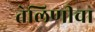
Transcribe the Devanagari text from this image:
तेलिणीचा